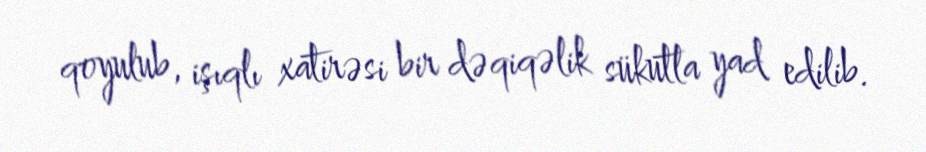
qoyulub, işıqlı xatirəsi bir dəqiqəlik sükutla yad edilib.